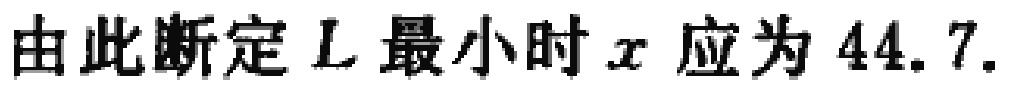
由此断定 \(L\) 最小时 \(x\) 应为 \(44.7\).